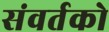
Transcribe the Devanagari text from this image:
संवर्तको